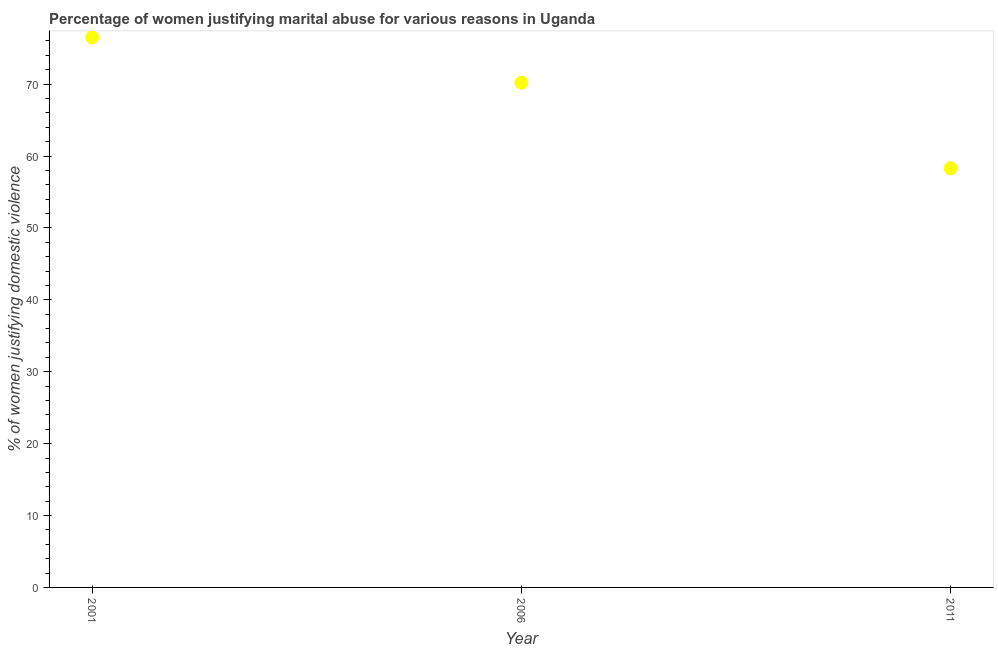
| Year | Physical abuse |
 | --- | --- |
 | 2001 | 76.5 |
 | 2006 | 70.2 |
 | 2011 | 58.3 |